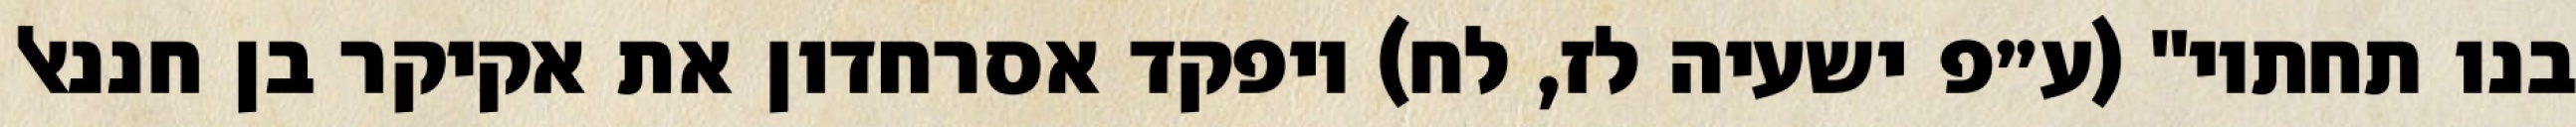
בנו תחתיו" (ע״פ ישעיה לז, לח) ויפקד אסרחדון את אקיקר בן חננאל